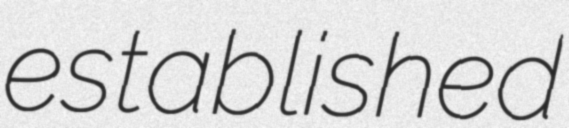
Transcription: established